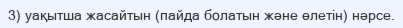
3) уақытша жасайтын (пайда болатын және өлетін) нәрсе.